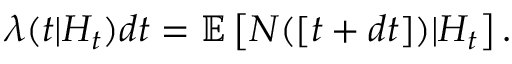
\lambda ( t | H _ { t } ) d t = \mathbb { E } \left[ N ( [ t + d t ] ) | H _ { t } \right] .